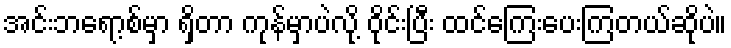
အင်းဘရော့စ်မှာ ရှိတာ ကုန်မှာပဲလို့ ဝိုင်းပြီး ထင်ကြေးပေးကြတယ်ဆိုပဲ။